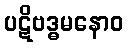
ပဋိဗဒ္ဓမနောဝ